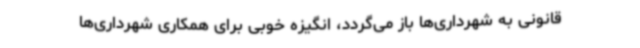
قانونی به شهرداری‌ها باز می‌گردد، انگیزه خوبی برای همکاری شهرداری‌ها